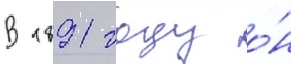
В 1891 году о́н